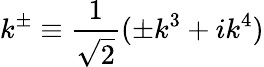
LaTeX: k^{\pm}\equiv\frac{1}{\sqrt{2}}(\pm k^{3}+ik^{4})